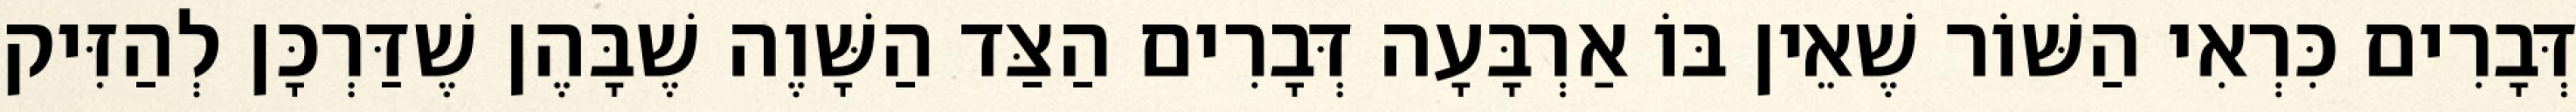
דְּבָרִים כִּרְאִי הַשּׁוֹר שֶׁאֵין בּוֹ אַרְבָּעָה דְּבָרִים הַצַּד הַשָּׁוֶה שֶׁבָּהֶן שֶׁדַּרְכָּן לְהַזִּיק